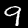
Label: 9